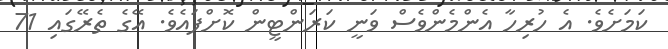
ކަމަށެވެ. އެ ހުރިހާ އެންމެންވެސް ވަނީ ކަރަންޓީން ކޮށްފައެވެ. އޭގެ ތެރޭގައި 71